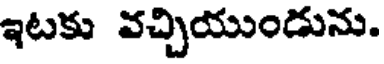
ఇటకు వచ్చియుండును.